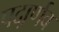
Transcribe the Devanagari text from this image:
पदार्र्णव